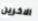
الاخرين